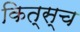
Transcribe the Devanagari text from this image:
कित्स्च